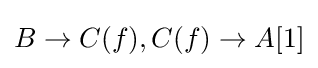
B\to C(f),C(f)\to A[1]